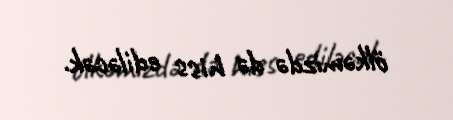
ölkəmizdə də hiss ediləcək.